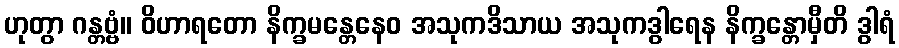
ဟုတွာ ဂန္တဗ္ဗံ။ ဝိဟာရတော နိက္ခမန္တေနေဝ အသုကဒိသာယ အသုကဒွါရေန နိက္ခန္တောမှီတိ ဒွါရံ